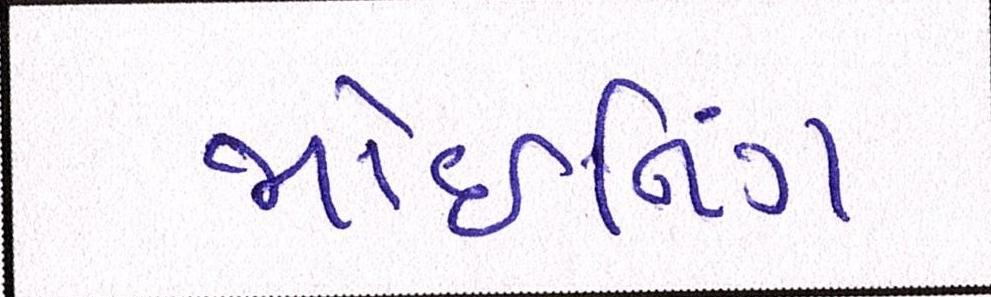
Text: જોઇનિંગ